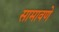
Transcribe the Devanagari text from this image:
सामावणे